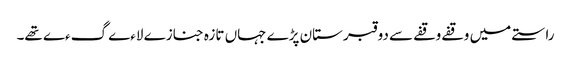
راستے میں وقفے وقفے سے دو قبرستان پڑے جہاں تازہ جنازے لاءے گءے تھے۔